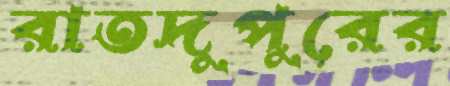
রাতদুপুরের